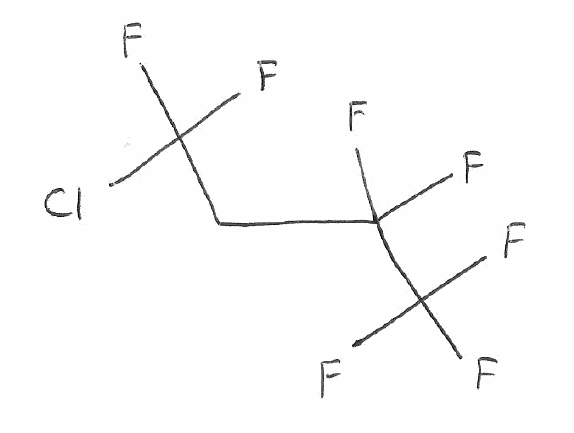
Simplified molecular-input line-entry system (SMILES) notation of the given molecule:
C(C(C(F)(F)F)(F)F)C(F)(F)Cl